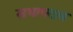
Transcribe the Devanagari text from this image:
सभापटल